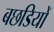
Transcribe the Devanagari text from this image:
बछडियों